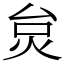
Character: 炱